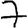
Digit: 7